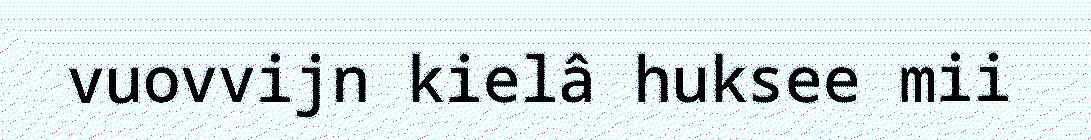
vuovvijn kielâ huksee mii